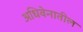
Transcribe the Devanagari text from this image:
अधिवेनातील